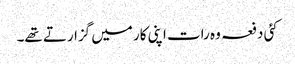
کئی دفعہ وہ رات اپنی کار میں گزارتے تھے۔